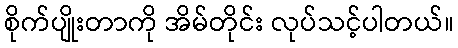
စိုက်ပျိုးတာကို အိမ်တိုင်း လုပ်သင့်ပါတယ်။